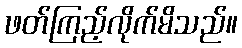
ဖတ်ကြည့်လိုက်မိသည်။